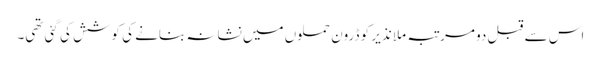
اس سے قبل دو مرتبہ ملا نذیر کو ڈرون حملوں میں نشانہ بنانے کی کوشش کی گئی تھی۔